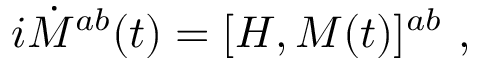
i \dot { \cal M } ^ { a b } ( t ) = [ { \cal H } , { \cal M } ( t ) ] ^ { a b } \ ,